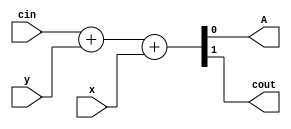
module bb2
(
 input x,
 input y,
 input cin,

 output A,
 output cout
 );

`ifndef BUG
assign {cout,A} =  cin + y + x;
`else
assign {cout,A} =  cin - y * x;
`endif

endmodule

module top2
(
 input x,
 input y,
 input cin,

 output A,
 output cout
 );

bb2 u_bb2 (x,y,cin,A,cout);

endmodule